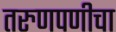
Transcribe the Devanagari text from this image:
तरुणपणीचा